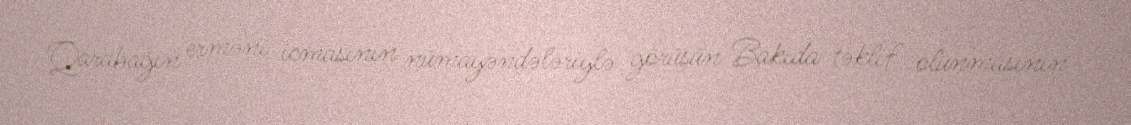
Qarabağın erməni icmasının nümayəndələriylə görüşün Bakıda təklif olunmasının